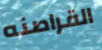
القراصنه